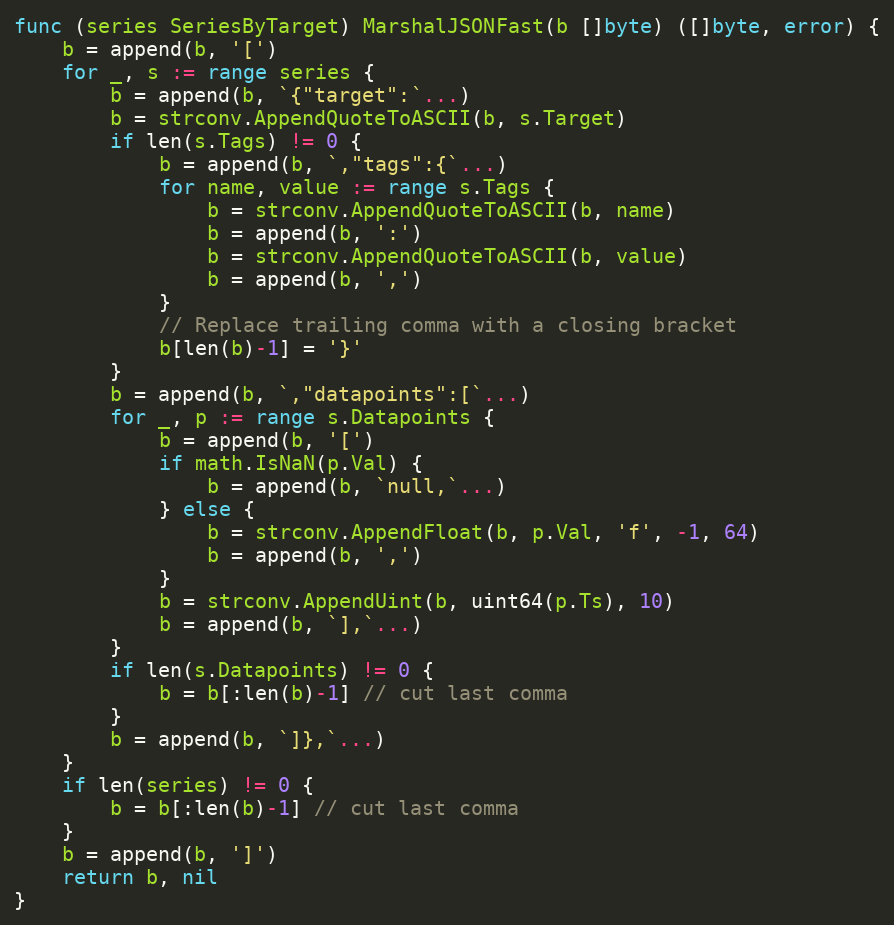
Language: Go
func (series SeriesByTarget) MarshalJSONFast(b []byte) ([]byte, error) {
	b = append(b, '[')
	for _, s := range series {
		b = append(b, `{"target":`...)
		b = strconv.AppendQuoteToASCII(b, s.Target)
		if len(s.Tags) != 0 {
			b = append(b, `,"tags":{`...)
			for name, value := range s.Tags {
				b = strconv.AppendQuoteToASCII(b, name)
				b = append(b, ':')
				b = strconv.AppendQuoteToASCII(b, value)
				b = append(b, ',')
			}
			// Replace trailing comma with a closing bracket
			b[len(b)-1] = '}'
		}
		b = append(b, `,"datapoints":[`...)
		for _, p := range s.Datapoints {
			b = append(b, '[')
			if math.IsNaN(p.Val) {
				b = append(b, `null,`...)
			} else {
				b = strconv.AppendFloat(b, p.Val, 'f', -1, 64)
				b = append(b, ',')
			}
			b = strconv.AppendUint(b, uint64(p.Ts), 10)
			b = append(b, `],`...)
		}
		if len(s.Datapoints) != 0 {
			b = b[:len(b)-1] // cut last comma
		}
		b = append(b, `]},`...)
	}
	if len(series) != 0 {
		b = b[:len(b)-1] // cut last comma
	}
	b = append(b, ']')
	return b, nil
}